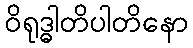
ဝိရုဒ္ဓါတိပါတိနော